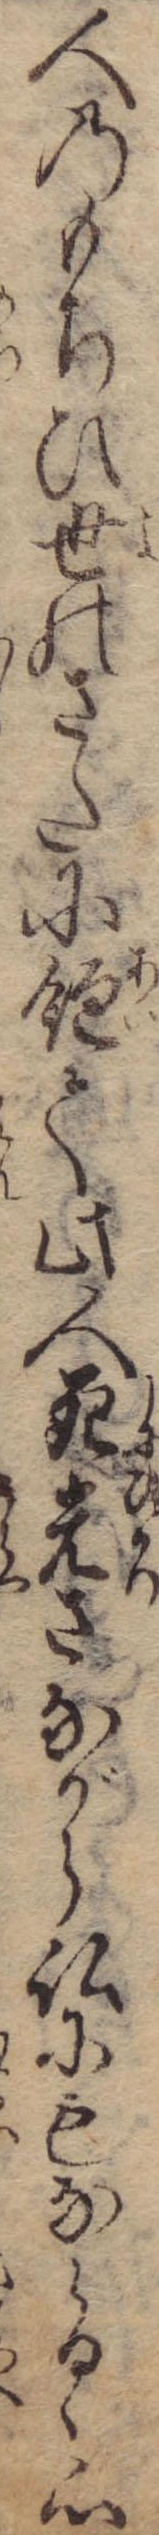
人のもちひ世のさたに飽て此人死光さながら仏にもならるゝ心